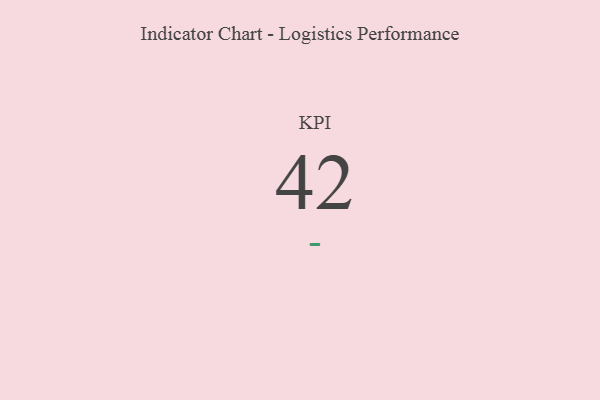
{"axis": {"x": "KPI", "y": "Value"}, "legend": [""], "data": [{"x": "KPI", "y": 42, "type": ""}]}